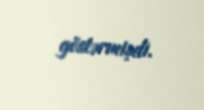
göstərmişdi.